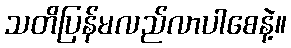
သတိပြန်မလည်လာပါစေနဲ့။